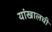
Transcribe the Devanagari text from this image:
यांखालची